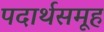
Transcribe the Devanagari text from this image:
पदार्थसमूह